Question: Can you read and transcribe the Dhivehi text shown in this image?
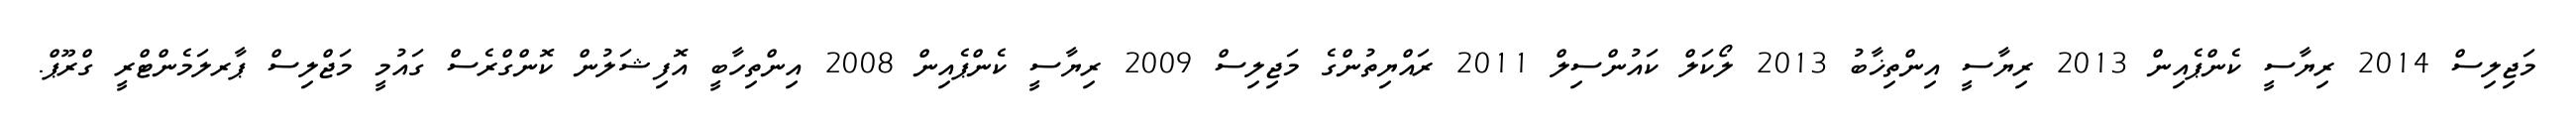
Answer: މަޖިލިސް 2014 ރިޔާސީ ކެންޕެއިން 2013 ރިޔާސީ އިންތިޚާބު 2013 ލޯކަލް ކައުންސިލް 2011 ރައްޔިތުންގެ މަޖިލިސް 2009 ރިޔާސީ ކެންޕެއިން 2008 އިންތިހާބީ އޮފިޝަލުން ކޮންގްރެސް ގައުމީ މަޖްލިސް ޕާރލަމެންޓްރީ ގްރޫޕް.